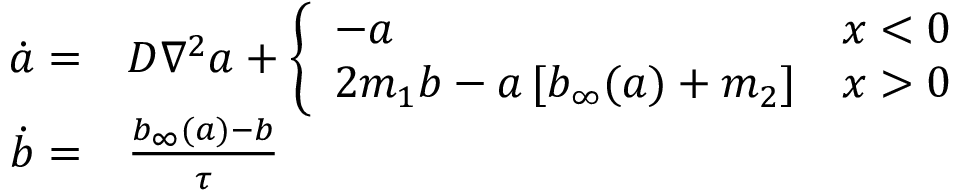
\begin{array} { r l } { \dot { a } = } & { { } D \nabla ^ { 2 } a + \left\{ \begin{array} { l l } { - a } & { x < 0 } \\ { 2 m _ { 1 } b - a \, [ b _ { \infty } ( a ) + m _ { 2 } ] } & { x > 0 } \end{array} \right. } \\ { \dot { b } = } & { { } \frac { b _ { \infty } ( a ) - b } { \tau } } \end{array}